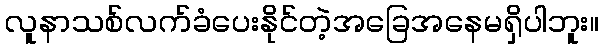
လူနာသစ်လက်ခံပေးနိုင်တဲ့အခြေအနေမရှိပါဘူး။